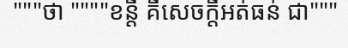
"""ថា """"ខន្តី គឺសេចក្តីអត់ធន់ ជា"""